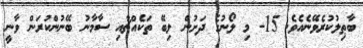
ބާޠިލުކުރެވޭނެއެވެ. 15- މި ލޯނުގެ ދަށުން ލިބޭ ތަކެއްޗާއި ސާމާނު ބޭނުންކުރަން ވާނީ